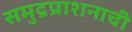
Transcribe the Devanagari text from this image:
समुद्रप्राशनाची